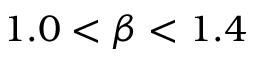
1 . 0 < \beta < 1 . 4